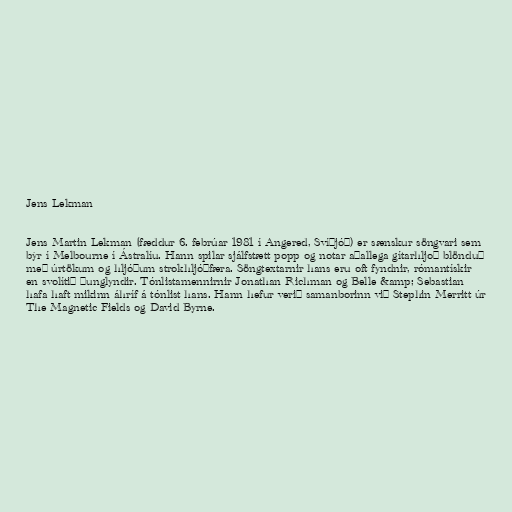
Jens Lekman

Jens Martin Lekman (fæddur 6. febrúar 1981 í Angered, Svíþjóð) er sænskur söngvari sem
býr í Melbourne í Ástralíu. Hann spilar sjálfstætt popp og notar aðallega gítarhljoð blönduð
með úrtökum og hljóðum strokhljóðfæra. Söngtextarnir hans eru oft fyndnir, rómantískir
en svolítið þunglyndir. Tónlistamennirnir Jonathan Richman og Belle &amp; Sebastian
hafa haft mikinn áhríf á tónlist hans. Hann hefur verið samanborinn við Stephin Merritt úr
The Magnetic Fields og David Byrne.